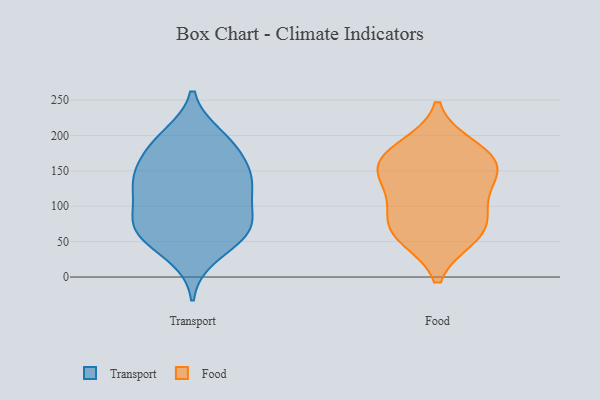
{"axis": {"x": "Bounce Rate (%)", "y": "Value"}, "legend": ["Food", "Transport"], "data": [{"x": "", "y": 63, "type": "Transport"}, {"x": "", "y": 76, "type": "Transport"}, {"x": "", "y": 117, "type": "Transport"}, {"x": "", "y": 61, "type": "Transport"}, {"x": "", "y": 118, "type": "Transport"}, {"x": "", "y": 80, "type": "Transport"}, {"x": "", "y": 144, "type": "Transport"}, {"x": "", "y": 128, "type": "Transport"}, {"x": "", "y": 194, "type": "Transport"}, {"x": "", "y": 138, "type": "Transport"}, {"x": "", "y": 59, "type": "Transport"}, {"x": "", "y": 184, "type": "Transport"}, {"x": "", "y": 30, "type": "Transport"}, {"x": "", "y": 199, "type": "Transport"}, {"x": "", "y": 170, "type": "Transport"}, {"x": "", "y": 75, "type": "Transport"}, {"x": "", "y": 148, "type": "Transport"}, {"x": "", "y": 134, "type": "Food"}, {"x": "", "y": 58, "type": "Food"}, {"x": "", "y": 165, "type": "Food"}, {"x": "", "y": 82, "type": "Food"}, {"x": "", "y": 124, "type": "Food"}, {"x": "", "y": 56, "type": "Food"}, {"x": "", "y": 155, "type": "Food"}, {"x": "", "y": 183, "type": "Food"}, {"x": "", "y": 82, "type": "Food"}, {"x": "", "y": 168, "type": "Food"}]}